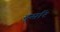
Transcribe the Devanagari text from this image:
दूसरि